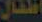
افتعال